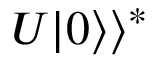
U | 0 \rangle \rangle ^ { * }